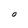
Character: O